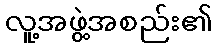
လူ့အဖွဲ့အစည်း၏